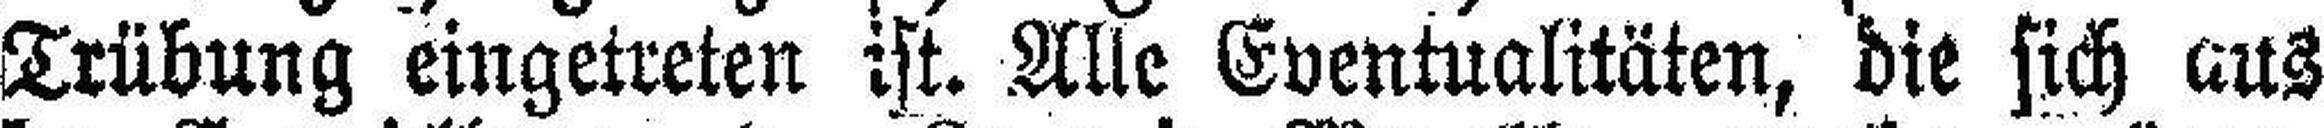
Trübung eingetreten ist. Alle Eventualitäten, die sich aus